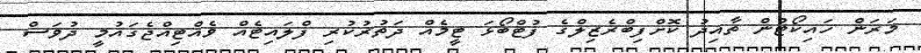
މަރަން ހައިކޯޓުން ތާއިދު ކޮށްފިބްރެޒިލްގެ ފުޓްބޯޅަ ޓީމެއް ދަތުރުކުރި ފްލައިޓެއް ވެއްޓިއްޖެގައުމީ ދުވަސް